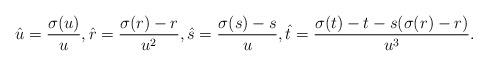
LaTeX: \begin{align*} \hat{u} = \frac{\sigma(u)}{u}, \hat{r} = \frac{\sigma(r) - r}{u^2}, \hat{s} = \frac{\sigma(s)-s}{u}, \hat{t} = \frac{\sigma(t)-t-s(\sigma(r) - r)}{u^3}.\end{align*}